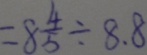
= 8 \frac { 4 } { 5 } \div 8 . 8